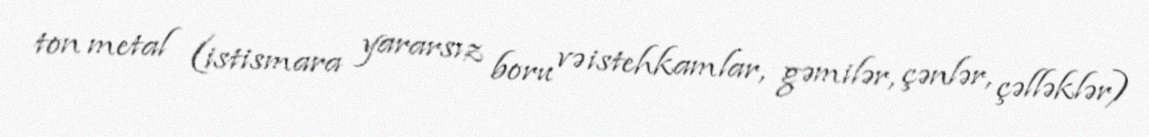
ton metal (istismara yararsız boru və istehkamlar, gəmilər, çənlər, çəlləklər)